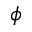
\phi